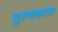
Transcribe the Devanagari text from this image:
तुल्यकाल